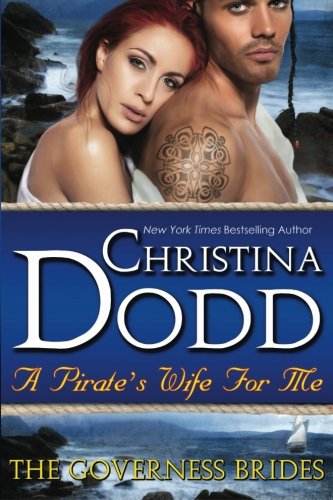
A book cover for A Pirate's Wife For Me (The Governess Brides); Christina Dodd; Romance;